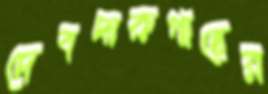
দেবদারুগাছের